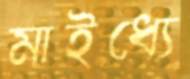
মাইধ্যে